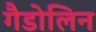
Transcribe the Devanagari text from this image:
गैडोलिन